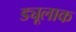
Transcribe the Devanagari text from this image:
ड्यूलाक